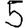
Digit: 5